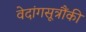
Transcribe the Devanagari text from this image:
वेदांगसूत्रौंकी